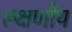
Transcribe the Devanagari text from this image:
रूक्षणीय